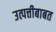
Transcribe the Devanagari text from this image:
उत्पत्तीबाबत